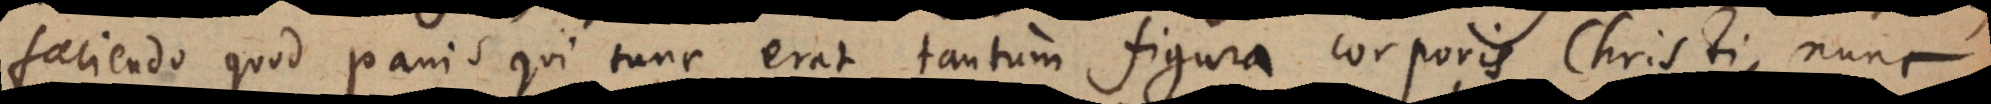
faciendo quod panis qui tunc erat tantum figura corporis Christi, nunc